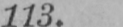
113.